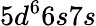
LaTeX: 5d^{6}6s7s